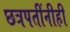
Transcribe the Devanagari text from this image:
छत्रपतींनीही